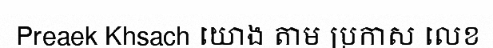
Preaek Khsach យោង តាម ប្រកាស លេខ